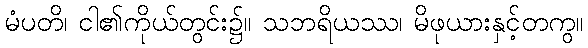
မံပတိ၊ ငါ၏ကိုယ်တွင်း၌။ သဘရိယဿ၊ မိဖုယားနှင့်တကွ။